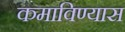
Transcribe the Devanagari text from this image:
कमाविण्यास